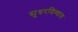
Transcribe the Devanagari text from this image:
सुधरविण्यास